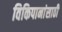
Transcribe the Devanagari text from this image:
विकिपानांसाठी